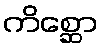
ကိစ္ဆော